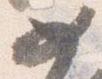
如